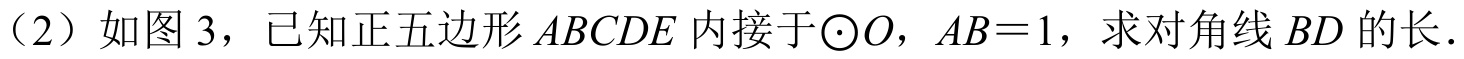
（2）如图 3，已知正五边形\(ABCDE\)内接于\(\odot O\)，\(AB = 1\)，求对角线\(BD\)的长.